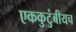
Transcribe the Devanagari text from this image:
एककुटुंबीयच